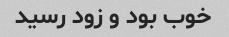
خوب بود و زود رسید